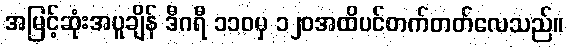
အမြင့်ဆုံးအပူချိန် ဒီဂရီ ၁၁၀မှ ၁၂၀အထိပင်တက်တတ်လေသည်။